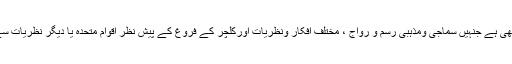
کچھ ایسا ہی معاملہ اُن عالمی دنوں ،ہفتوں اور مہینوں کابھی ہے جنہیں سماجی ومذہبی رسم و رواج ، مختلف افکار ونظریات اورکلچر کے فروغ کے پیش نظر اقوام متحدہ یا دیگر نظریات سے وابستہ تنظیموں وگروہوں کی جانب سے منایاجاتا ہے۔